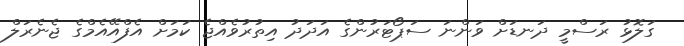
ގަލޮޅު ރަސްމީ ދަނޑަށް ވަންނަ ސަޕޯޓަރުންގެ އަދަދު އިތުރުވެއްޖެ ކަމަށް އެފްއޭއެމްގެ ޖެނެރަލް